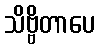
သိဗ္ဗိတာပေ